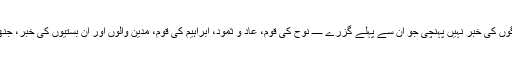
کیا اِنھیں اُن لوگوں کی خبر نہیں پہنچی جو اِن سے پہلے گزرے ـــــ نوح کی قوم، عاد و ثمود، ابراہیم کی قوم، مدین والوں اور اُن بستیوں کی خبر، جنھیں الٹ دیا گیا؟